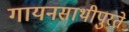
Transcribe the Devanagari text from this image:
गायनसाथीपुरते